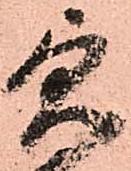
急